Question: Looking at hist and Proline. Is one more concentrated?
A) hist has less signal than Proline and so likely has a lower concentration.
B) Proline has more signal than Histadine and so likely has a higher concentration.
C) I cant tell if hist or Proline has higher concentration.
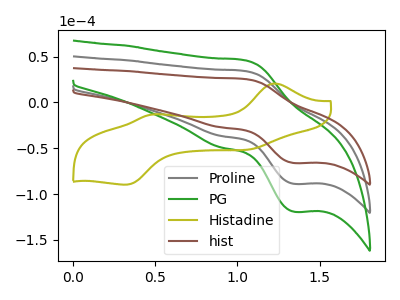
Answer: <think>The gray curve "Proline" has an anodic peak at (1.05V, 34.30uA) and a cathodic peak at (1.35V, -88.80uA). The green curve "PG" has an anodic peak at (1.05V, 68.60uA) and a cathodic peak at (1.35V, -177.60uA). The olive curve "Histadine" has anodic peaks at (1.25V, 20.65uA) (0.50V, -12.90uA) and cathodic peaks at (1.10V, -50.55uA) (0.35V, -89.55uA). The brown curve "hist" has an anodic peak at (1.05V, 25.55uA) and a cathodic peak at (1.35V, -66.15uA).
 All the peaks in "hist" have a peak in "Proline" at the same potential. Every peak in "hist" is lower than every peak in "Proline".</think>
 <answer>A) "hist" has less signal than "Proline" and so likely has a lower concentration.</answer>
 <eval>A</eval>